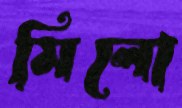
মিলো